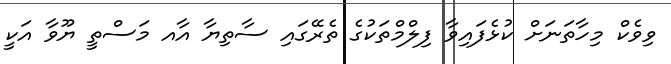
ވިވެކް މިހާތަނަށް ކުޅެފައިވާ ފިލްމްތަކުގެ ތެރޭގައި ސާތިޔާ އާއ މަސްތީ ޔޫވާ އަކީ